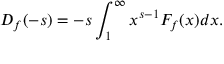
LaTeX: D _ { f } ( - s ) = - s \int _ { 1 } ^ { \infty } x ^ { s - 1 } F _ { f } ( x ) d x .